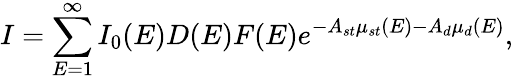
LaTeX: I=\sum_{E=1}^{\infty}I_{0}(E)D(E)F(E)e^{-A_{st}\mu_{st}(E)-A_{d}\mu_{d}(E)},